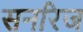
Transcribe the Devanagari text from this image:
सनरिज